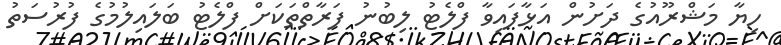
ހިޔާ މަޝްރޫއުގެ ދަށުން އަޅާފައިވާ ފްލެޓު ލިބުނު ފަރާތްތަކަށް ފްލެޓު ބަލައިލުމުގެ ފުރުސަތު